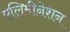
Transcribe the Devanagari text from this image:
एलिमीनेशन